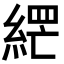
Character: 𮈘